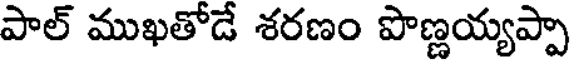
పాల్ ముఖతోడే శరణం పొణ్ణయ్యప్పా